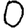
Digit: 0